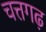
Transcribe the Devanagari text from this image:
चत्तगढ़